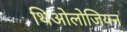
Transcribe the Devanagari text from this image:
थिओलोजियन